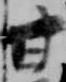
甘